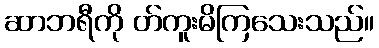
ဆာဘရီကို တ်ကူးမိကြသေးသည်။